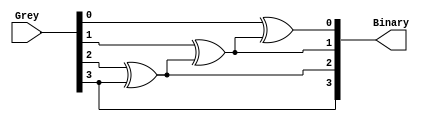
module Binary_coding #(
    parameter ADDR_WIDTH = 4
) (
    input wire      [ADDR_WIDTH - 1 : 0]   Grey,

    output wire     [ADDR_WIDTH - 1 : 0]   Binary
);
    
    genvar i;

    assign Binary[ADDR_WIDTH - 1]    = Grey[ADDR_WIDTH - 1];


    generate
        for (i = 0; i < ADDR_WIDTH - 1; i = i + 1)
            begin
                assign Binary[i] = Grey[i] ^ Binary[i+1];
            end
    endgenerate

endmodule